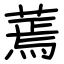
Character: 蔫